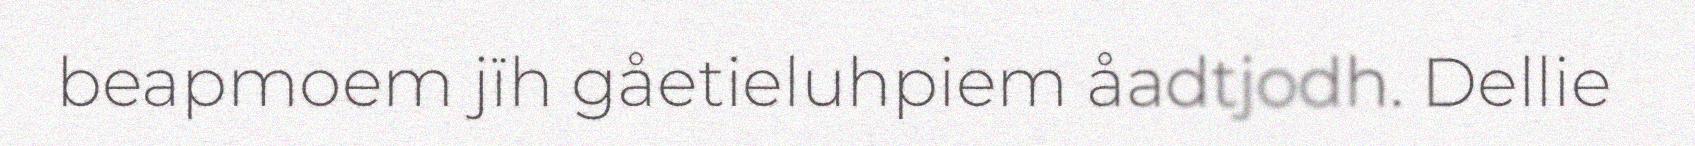
beapmoem jïh gåetieluhpiem åadtjodh. Dellie